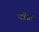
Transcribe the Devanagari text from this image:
फनिल